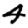
Digit: 4